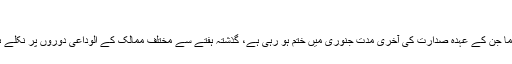
‘
صدر اوباما جن کے عہدہ صدارت کی آخری مدت جنوری میں ختم ہو رہی ہے، گذشتہ ہفتے سے مختلف ممالک کے الوداعی دوروں پر نکلے ہوئے ہیں۔